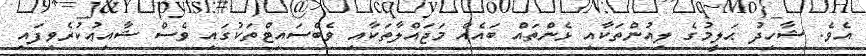
އެވެ. ޝާހިދު ޙަލީމުގެ ލިއުންތަކާއި ޅެންތައް ބައެއް މަޖައްލާތަކާއި ވެބްސައިޓްތަކުގައި ވެސް ޝާއިޢުކުރެވިފައި